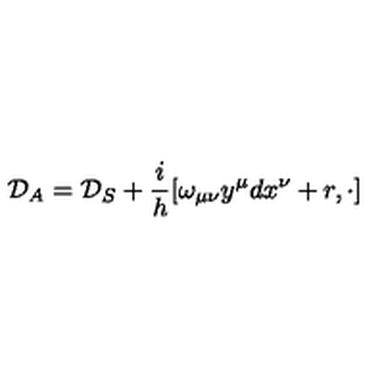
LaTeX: { \cal { D } } _ { A } = { \cal { D } } _ { S } + \frac { i } { h } [ \omega _ { \mu \nu } y ^ { \mu } d x ^ { \nu } + r , \cdot ]